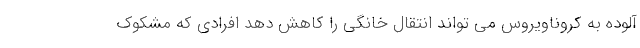
آلوده به کروناویروس می تواند انتقال خانگی را کاهش دهد افرادی که مشکوک